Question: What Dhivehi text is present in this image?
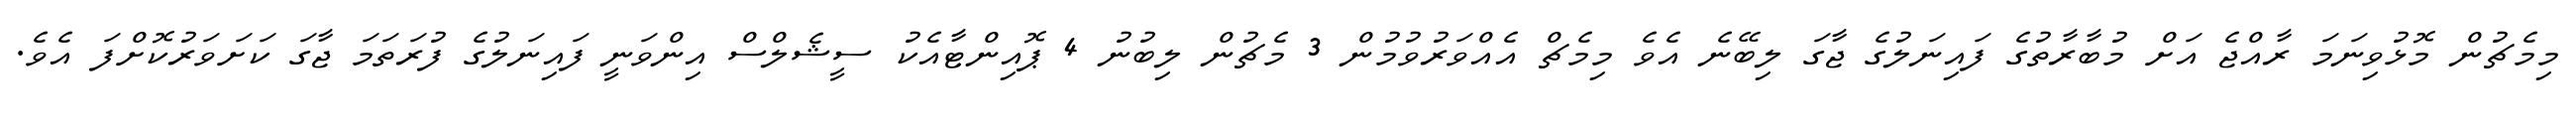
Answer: މިމެޗުން މޮޅުވިނަމަ ރާއްޖެ އަށް މުބާރާތުގެ ފައިނަލުގެ ޖާގަ ލިބޭނެ އެވެ މިމެޗް އެއްވަރުވުމުން 3 މެޗުން ލިބުނު 4 ޕޮއިންޓާއެކު ސީޝެލްސް އިންވަނީ ފައިނަލުގެ ފުރަތަމަ ޖާގަ ކަށަވަރުކޮށްފަ އެވެ.